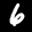
Label: 6